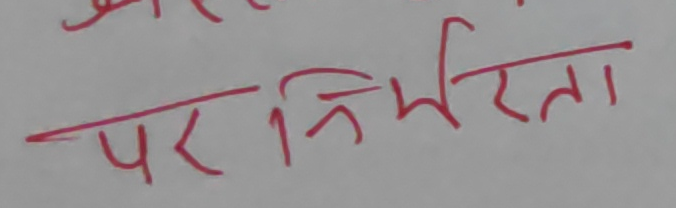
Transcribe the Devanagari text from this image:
पर निर्भरता